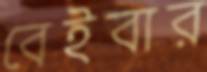
বেইবার